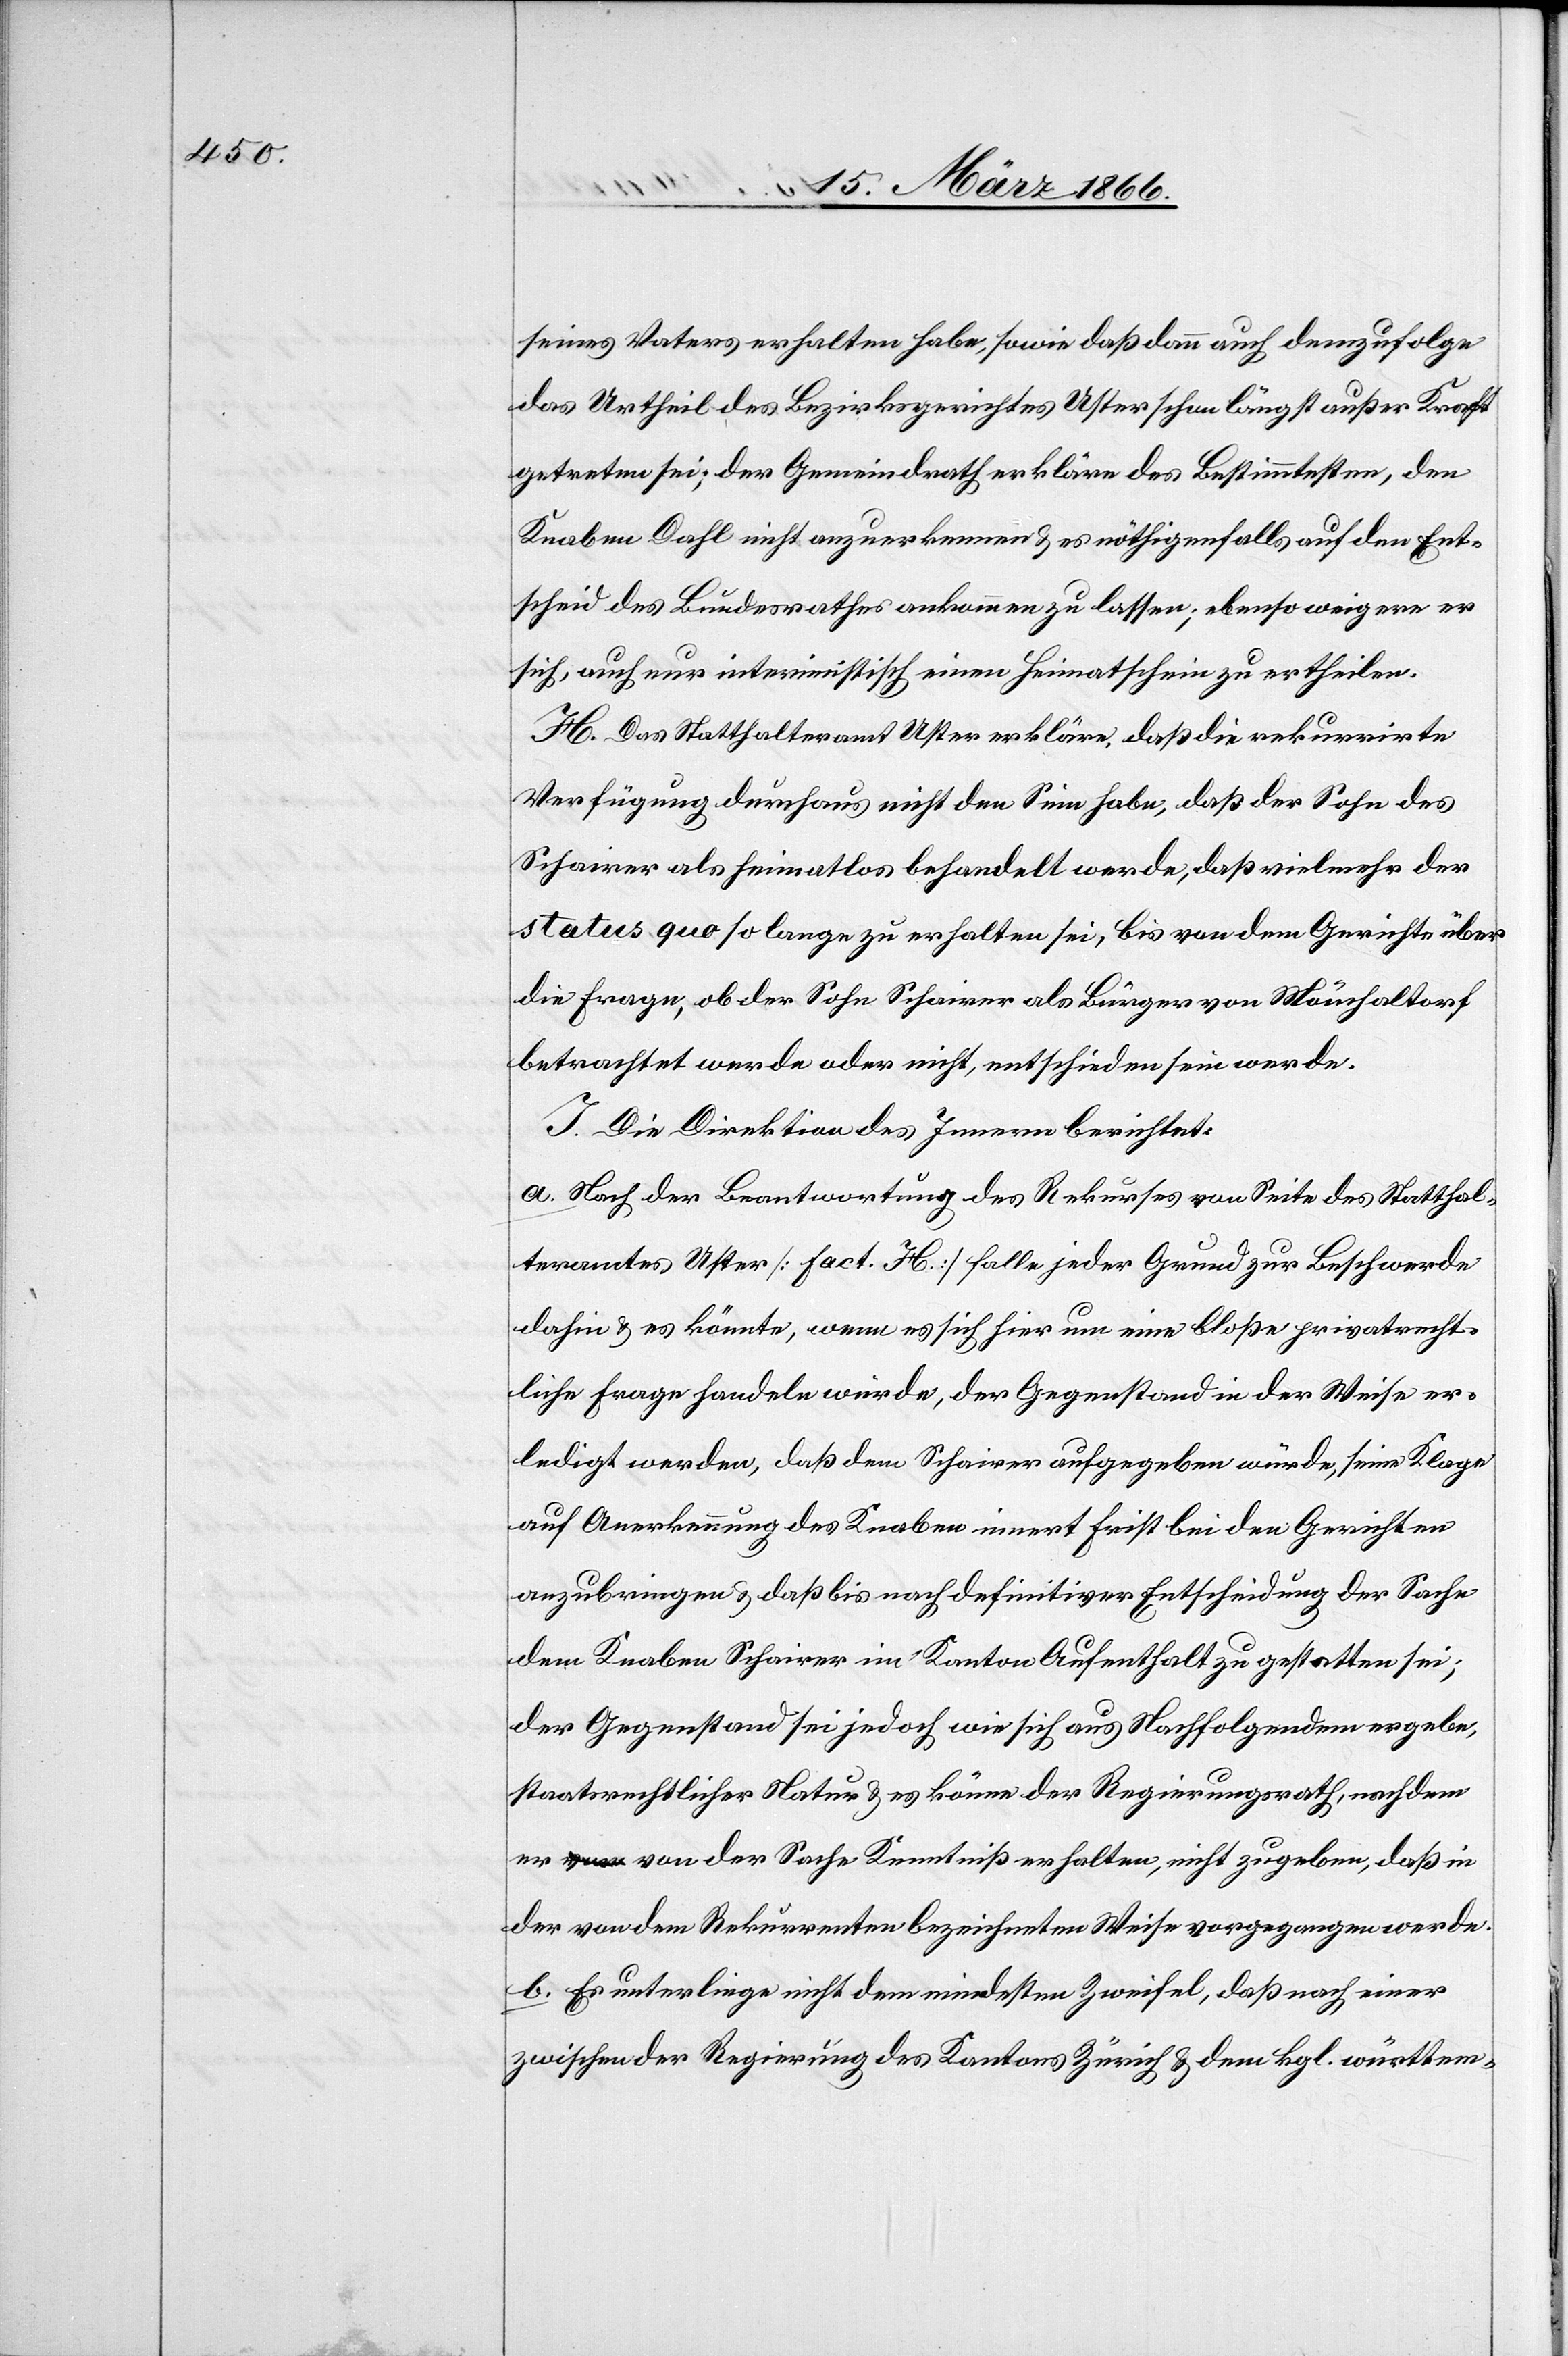
seines Vaters erhalten habe, sowie daß dann auch demzufolge
das Urtheil des Bezirksgerichtes Uster schon längst außer Kraft
getreten sei; der Gemeindrath erkläre des Bestimmtesten, den
Knaben Dahl nicht anzuerkennen u. es nöthigenfalls auf den Ent¬
scheid des Bundesrathes ankommen zu lassen; ebenso weigere er
sich, auch nur interimistisch einen Heimatschein zu ertheilen.
H. Das Statthalteramt Uster erkläre, daß die rekurrirte
Verfügung durchaus nicht den Sinn habe, daß der Sohn des
Schairer als heimatlos behandelt werde, daß vielmehr der
status quo so lange zu erhalten sei, bis von dem Gerichte über
die Frage, ob der Sohn Schairer als Bürger von Mönchaltorf
betrachtet werde oder nicht, entschieden sein werde.
I. Die Direktion des Innern berichtet:
a. Nach der Beantwortung des Rekurses von Seite des Statthal¬
teramtes Uster [Fact. H] falle jeder Grund zur Beschwerde
dahin u. es könnte, wenn es sich hier um eine bloße privatrecht¬
liche Frage handeln würde, der Gegenstand in der Weise er¬
ledigt werden, daß dem Schairer aufgegeben würde, seine Klage
auf Anerkennung des Knaben innert Frist bei den Gerichten
anzubringen u. daß bis nach definitiver Entscheidung der Sache
dem Knaben Schairer im Kanton Aufenthalt zu gestatten sei;
der Gegenstand sei jedoch wie sich aus Nachfolgendem ergebe,
staatsrechtlicher Natur u. es könne der Regierungsrath, nachdem
er von der Sache Kenntniß erhalten, nicht zugeben, daß in
der von dem Rekurrenten bezeichneten Weise vorgegangen werde.
b. Es unterliege nicht dem mindesten Zweifel, daß nach einer
zwischen der Regierung des Kantons Zürich u. dem kgl. württem-